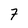
Character: 7